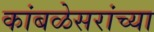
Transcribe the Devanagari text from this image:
कांबळेसरांच्या